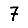
Digit: 7